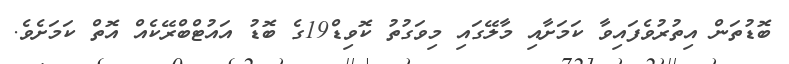
ބޮޑުތަން އިތުރުވެފައިވާ ކަމަށާއި މާލޭގައި މިވަގުތު ކޮވިޑް19ގެ ބޮޑު އައުޓްބްރޭކެއް އޮތް ކަމަށެވެ.